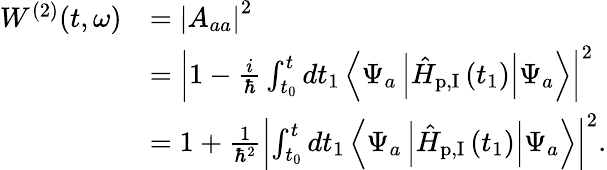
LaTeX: \begin{array}{rl}{W^{(2)}(t,\omega)}&{=\left|A_{aa}\right|^{2}}\\ &{=\left|1-\frac{i}{\hbar}\int_{t_{0}}^{t}dt_{1}\left\langle\Psi_{a}\left|\hat{H}_{\textrm{p,I}}\left(t_{1}\right)\right|\Psi_{a}\right\rangle\right|^{2}}\\ &{=1+\frac{1}{\hbar^{2}}\left|\int_{t_{0}}^{t}dt_{1}\left\langle\Psi_{a}\left|\hat{H}_{\textrm{p,I}}\left(t_{1}\right)\right|\Psi_{a}\right\rangle\right|^{2}.}\end{array}